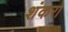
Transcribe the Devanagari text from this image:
शंकरो